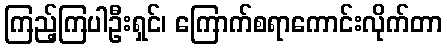
ကြည့်ကြပါဦးရှင်၊ ကြောက်စရာကောင်းလိုက်တာ